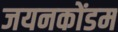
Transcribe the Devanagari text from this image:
जयनकोंडम